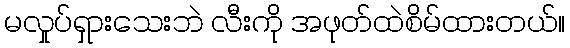
မလှုပ်ရှားသေးဘဲ လီးကို အဖုတ်ထဲစိမ်ထားတယ်။